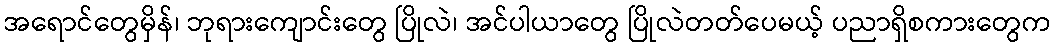
အရောင်တွေမှိန်၊ ဘုရားကျောင်းတွေ ပြိုလဲ၊ အင်ပါယာတွေ ပြိုလဲတတ်ပေမယ့် ပညာရှိစကားတွေက